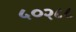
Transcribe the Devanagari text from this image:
५०२८८